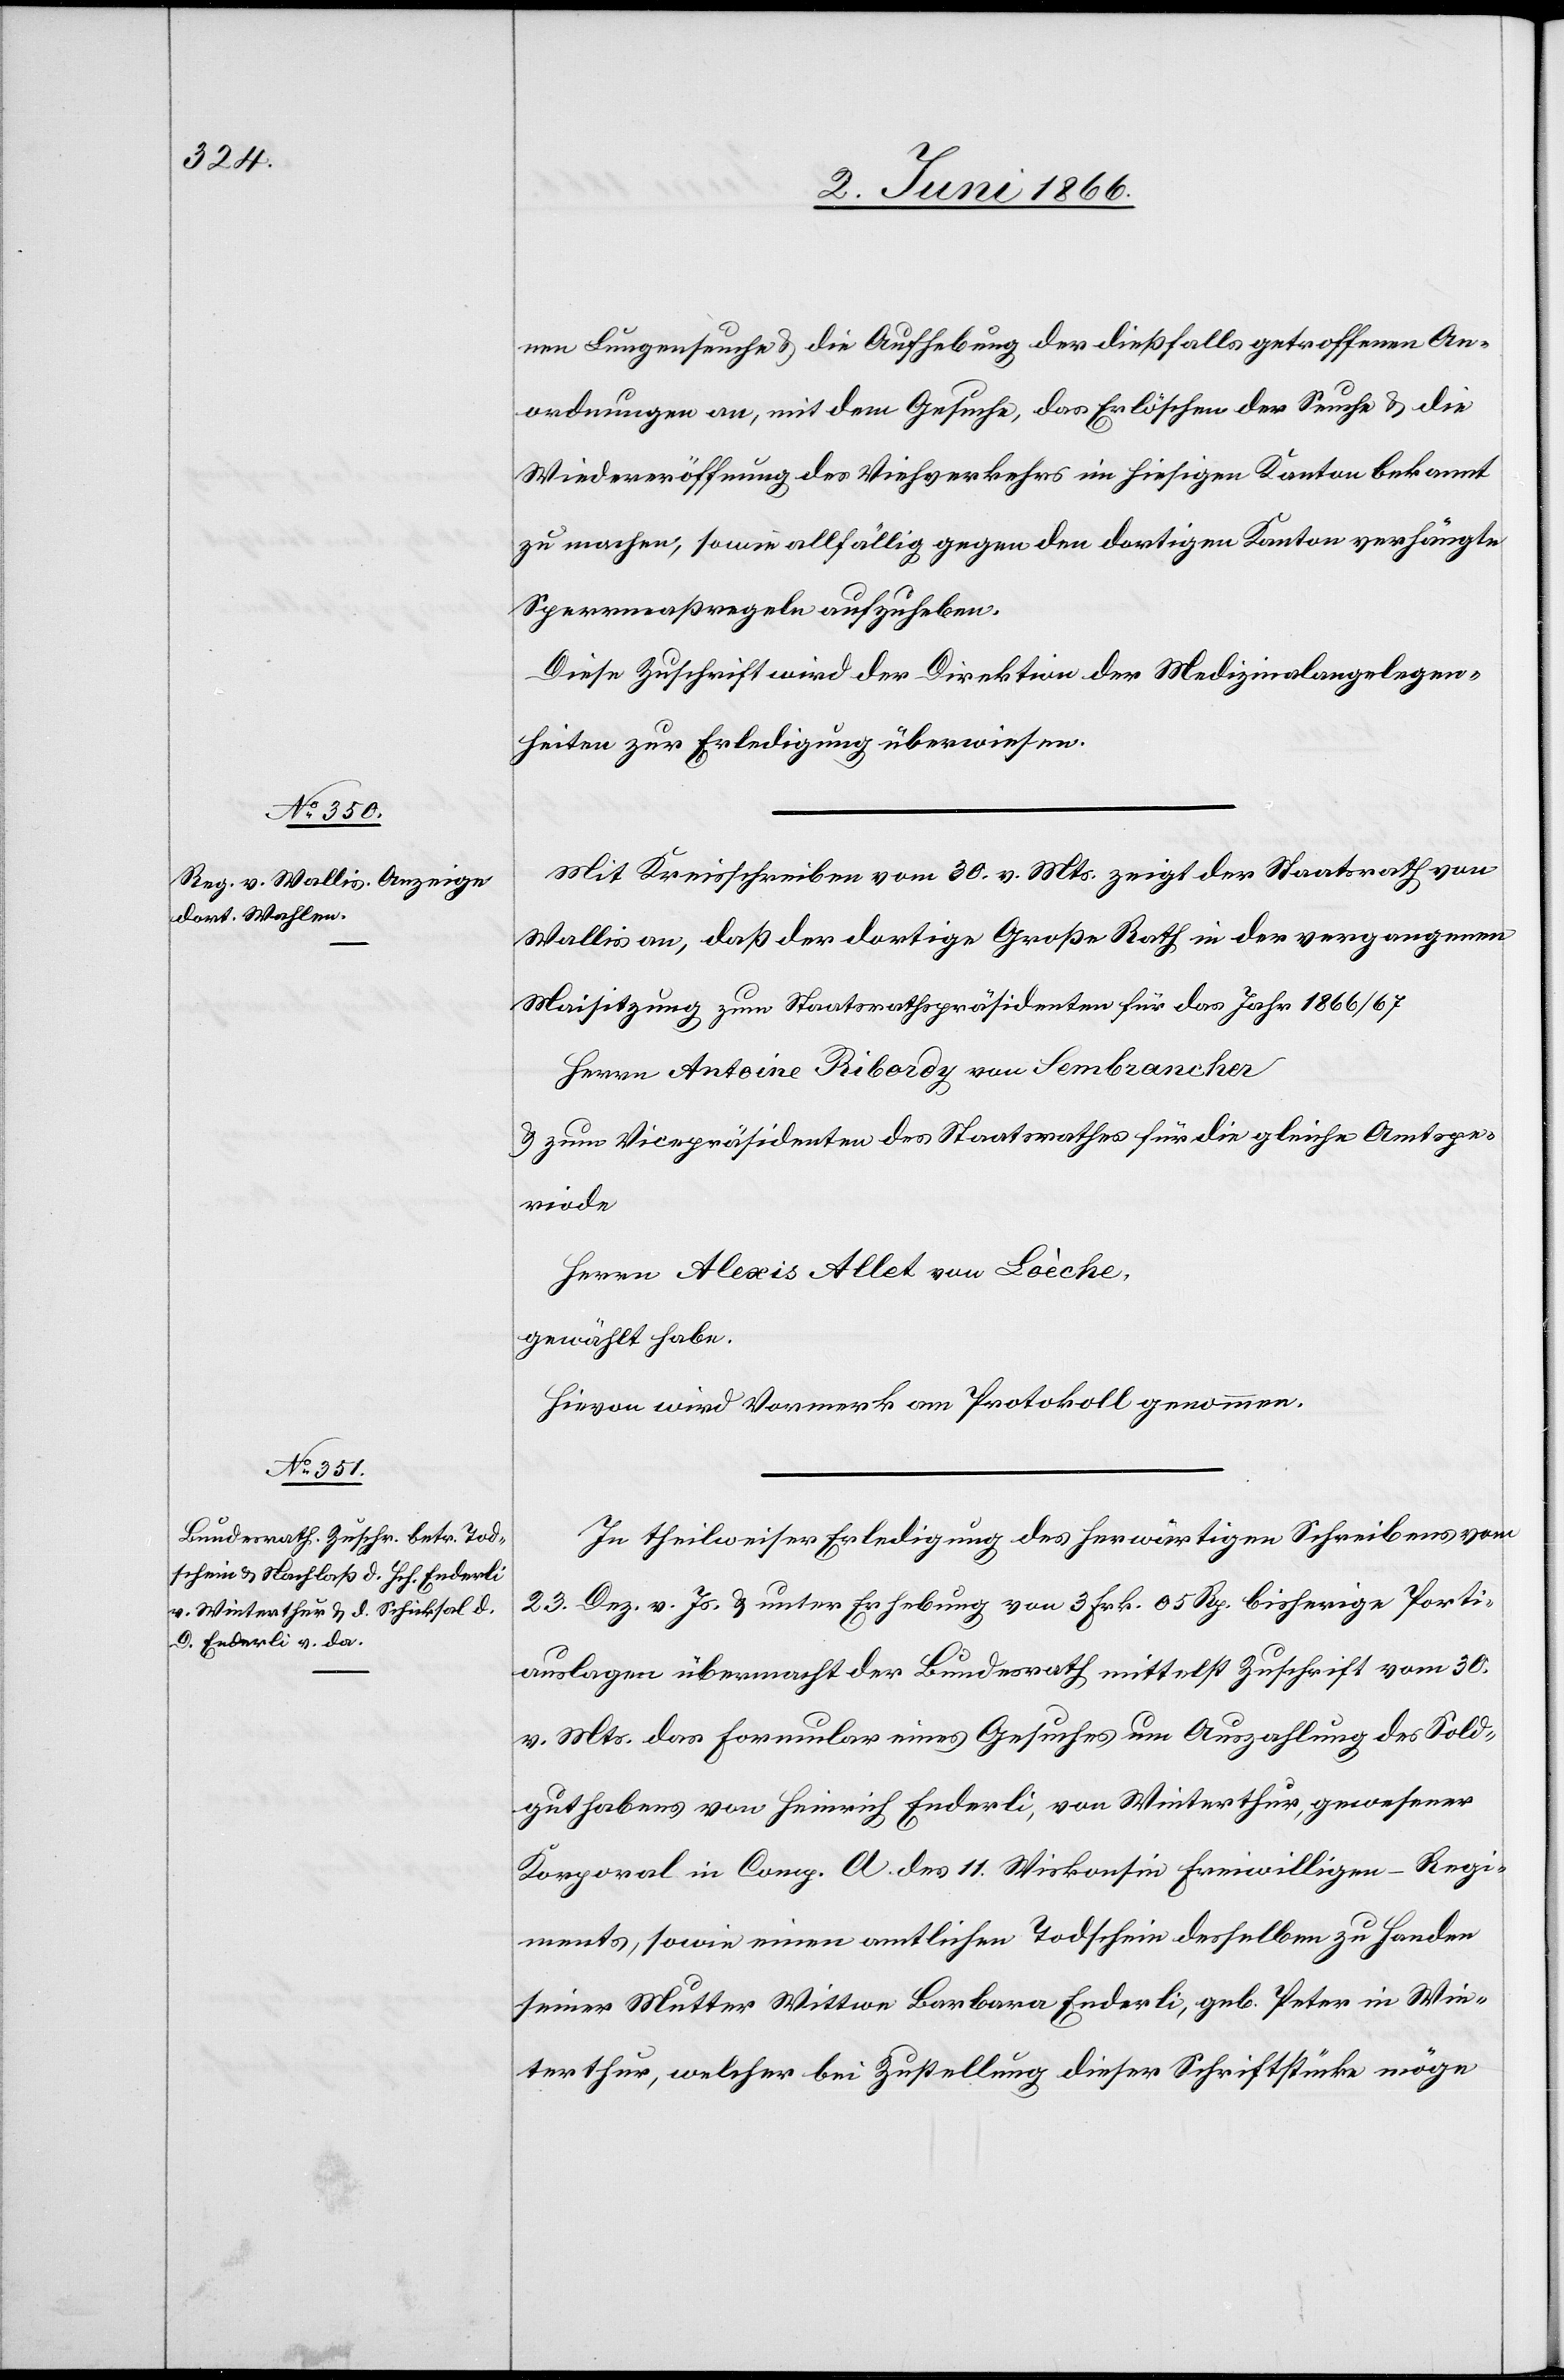
4. Juni 1866.]
nen Lungenseuche u. die Aufhebung der dießfalls getroffenen An¬
ordnungen an, mit dem Gesuche, das Erlöschen der Seuche u. die
Wiedereröffnung des Viehverkehrs in hiesigen Kanton bekannt
zu machen, sowie allfällig gegen den dortigen Kanton verhängte
Sperrmaßregeln aufzuheben.
Diese Zuschrift wird der Direktion der Medizinalangelegen¬
heiten zur Erledigung überwiesen.
Mit Kreisschreiben vom 30. v. Mts. zeigt der Staatsrath von
Wallis an, daß der dortige Große Rath in der vergangenen
Maisitzung zum Staatsrathspräsidenten für das Jahr 1866/67
Herrn Antoine Ribordy von Sembrancher
u. zum Vicepräsidenten des Staatsrathes für die gleiche Amtspe¬
riode
Herrn Alexis Allet von Loèche,
gewählt habe.
Hievon wird Vormerk am Protokoll genommen.
In theilweiser Erledigung des herwärtigen Schreibens vom
23. Dez. v. Js. u. unter Erhebung von 3 Frk. 05 Rp. bisheriger Porti¬
auslagen übermacht der Bundesrath mittelst Zuschrift vom 30.
v. Mts. das Formular eines Gesuches um Auszahlung des Sold¬
guthabens von Heinrich Enderli, von Winterthur, gewesener
Korporal in Comp. A des 11.Wiskonsin Freiwilligen-Regi¬
ments, sowie einen amtlichen Todschein desselben zu Handen
seiner Mutter Wittwe Barbara Enderli, geb. Peter in Win¬
terthur, welcher bei Zustellung dieser Schriftstücke möge